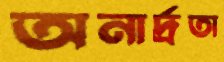
অনার্দ্রতা